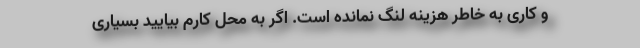
و کاری به خاطر هزینه لنگ نمانده است. اگر به محل کارم بیایید بسیاری